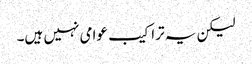
لیکن یہ تراکیب عوامی نہیں ہیں۔